Vaccine operations Central Provinces 1900-1911 - 1900-1911
Year: 1900
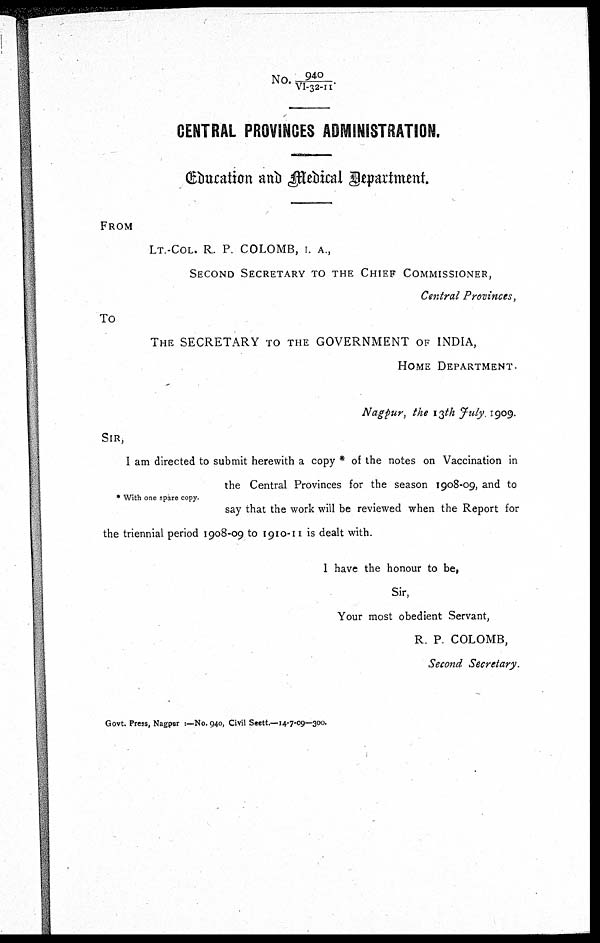
No.940/VI-32-11.
CENTRAL PROVINCES ADMINISTRATION.
Education and Medical Department.
FROM
LT.-COL. R. P. COLOMB, I. A.,
SECOND SECRETARY TO THE CHIEF COMMISSIONER,
Central Provinces,
To
THE SECRETARY TO THE GOVERNMENT OF INDIA,
HOME DEPARTMENT.
Nagpur, the 13th July. 1909.
SIR,
I am directed to submit herewith a copy * of the notes on Vaccination in
the Central Provinces for the season 1908-09, and to
* With one spare copy.
say that the work will be reviewed when the Report for
the triennial period 1908-09 to 1910-11 is dealt with.
I have the honour to be,
Sir,
Your most obedient Servant,
R. P. COLOMB,
Second Secretary.
Govt. Press, Nagpur :—No. 940, Civil Sectt.—14-7-09—300.